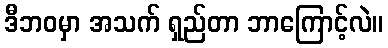
ဒီဘဝမှာ အသက် ရှည်တာ ဘာကြောင့်လဲ။